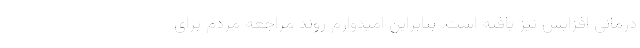
درمانی افزایش نیز یافته است. بنابراین امیدوارم روند مراجعه مردم برای